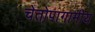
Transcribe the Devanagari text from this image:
चेतोपागामीय